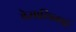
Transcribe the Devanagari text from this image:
वेसालिनगरे